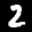
Label: 2